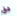
دق